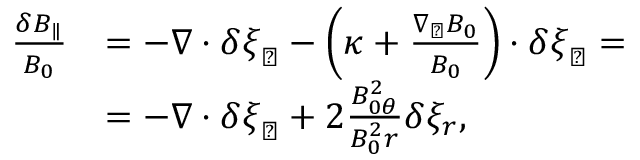
\begin{array} { r } { \begin{array} { r l } { \frac { \delta B _ { \parallel } } { B _ { 0 } } } & { = - \nabla \cdot \delta \boldsymbol { \xi } _ { \perp } - \left( \boldsymbol { \kappa } + \frac { \nabla _ { \perp } B _ { 0 } } { B _ { 0 } } \right) \cdot \delta \boldsymbol { \xi } _ { \perp } = } \\ & { = - \nabla \cdot \delta \boldsymbol { \xi } _ { \perp } + 2 \frac { B _ { 0 \theta } ^ { 2 } } { B _ { 0 } ^ { 2 } r } \delta \xi _ { r } , } \end{array} } \end{array}